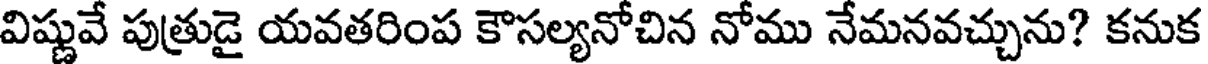
విష్ణువే పుత్రుడై యవతరింప కౌసల్యనోచిన నోము నేమనవచ్చును? కనుక